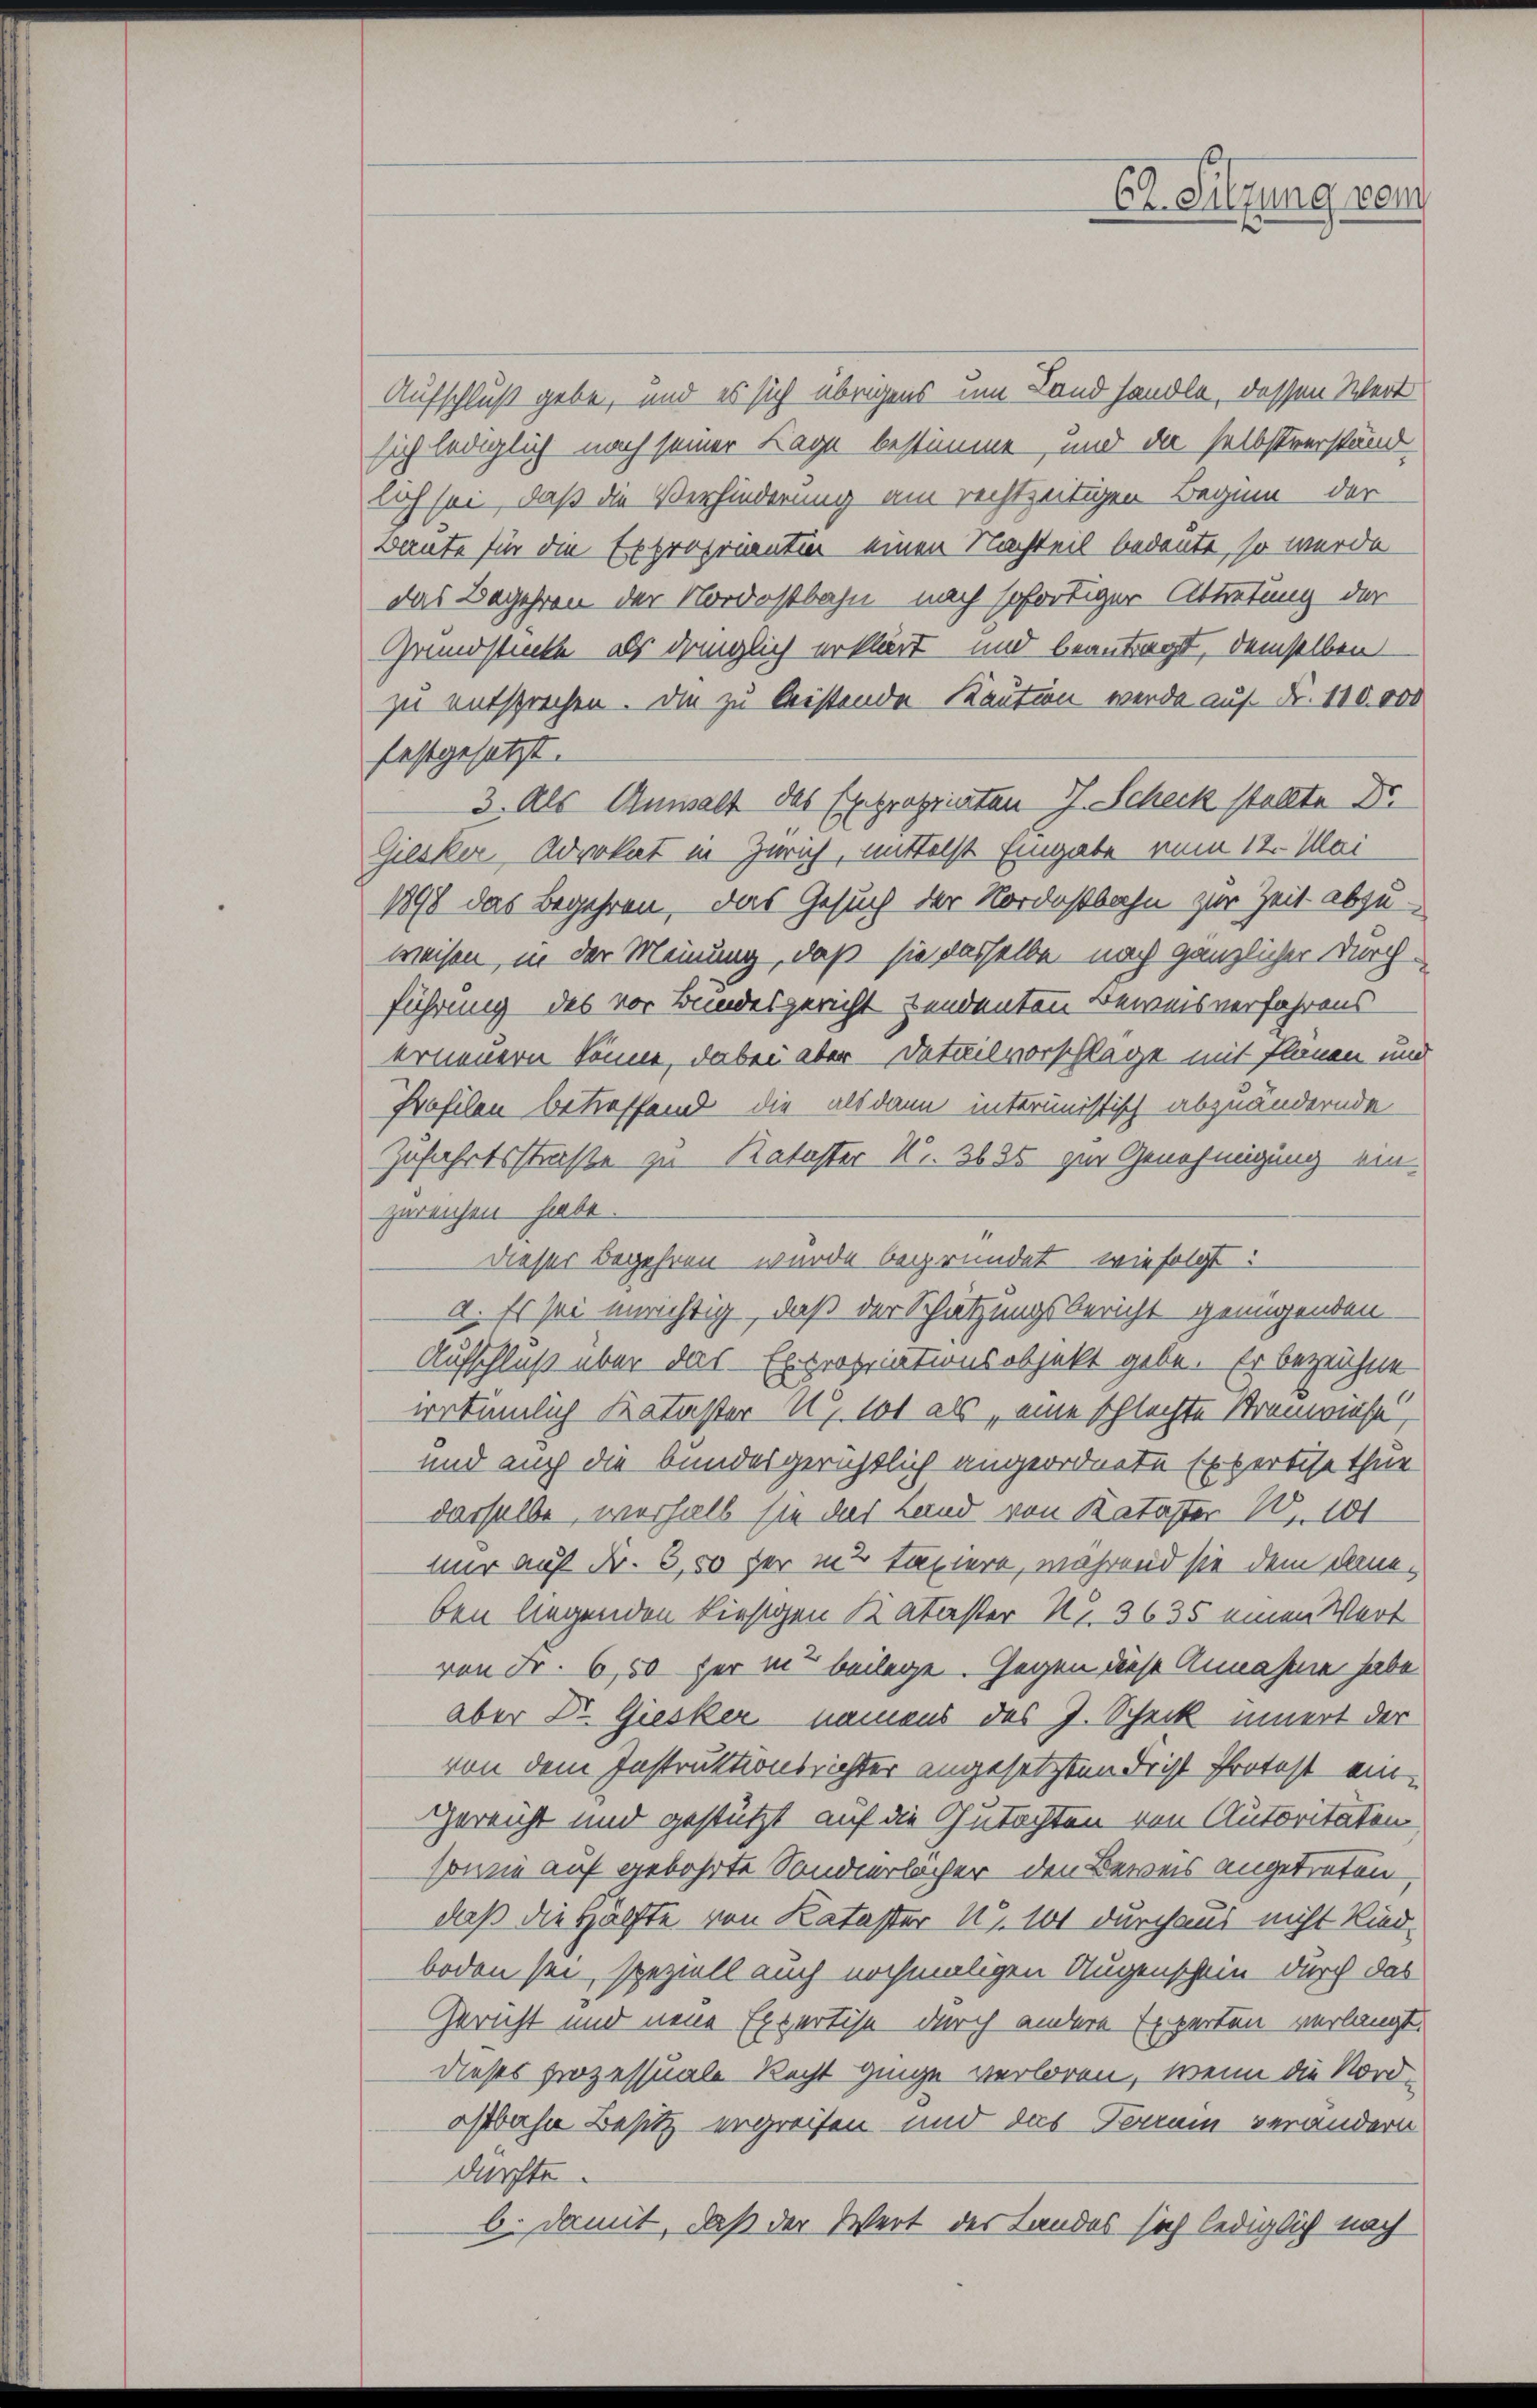
Aufschluß gebe, und es sich übrigens um Land handle, dessen Schert
sich lediglich nach seiner Lage bestimme, und da selbstverständ-
lich sei, daß die Verhinderung am rechtzeitigen Beginn der
Baute für die Expropriantie einen Nachteil bedeute, so werde
das Begehren der Nordostbahn nach sofortiger Abtretung der
Grundstücke, als dringlich erklärt und beantragt, demselben
zu entsprechen. Die zu leistende Kaution werde auf Fr. 110.000
festgesetzt.
3. Als Anwalt das Expropriaten J. Scheck stellte Dr.
Giesker, Advokat in Zürich, mittelst Eingabe vom 12. Mai
1898 das Begehren, das Gesuch der Nordostbahn zur Zeit abzuweisen, in der Meinung, daß sie dasselbe nach gänzlicher Durch-
führung des vor Bundesgericht tendenten Beweisverfahrens
erneuern könne, dabei aber - Detailvorschlage mit Planen und
Kofilen betreffend die alsdann interinistisch abzuändernde
Zufahrtsstraße zu Kataster K. 36 05 zur Genehmigung einzureichen habe.
Dieser Begehren würde begründet wie folgt:
a. Es sei unrichtig, daß der Schätzungsbericht genügenden
Aufschluß über das Expropriationsobjekt gebe. Er bezeichne
irrtümlich Kataster u. 101 als „eine schlechte Stranwiese
und auch die bundesgerichtlich angeordnete Expertise thue
derselbe, verhalb sie das Land von Kataster 2, 101
nur auf Fr. 6,50 her in 2 taxiere, während sie dem daneben liegenden hiesigen Kataster Nr. 3635 einen Wert
von Fr. 650 her in beilage. Gegen diese Annahme habe
aber Dr. Giesker namens des J. Scheck innert der
von dem Instruktionsrichter angesetzten Frist Protest ein-
Gereicht und gestützt auf die Gutachten von Autoritäten
sowie auf gebohrte Sondierlächer den Beweis angetreten,
daß die Hälfte von Kataster Nr. 101 durchaus nicht Rind-
boden sei, speziell auch nochmaligen Augenschein durch das
Gericht und neue Expertise durch andere Experten verlangt.
dieses prozessuale Recht ginge verloren, wenn die Nordoffbahn Besitz ergreifen und das Forum verändern
dürfte.
b. Damit, daß der Wert des Landes sich lediglich nach

Er Sitzung vom